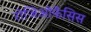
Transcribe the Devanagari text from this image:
रोजिओफेंसिस